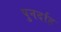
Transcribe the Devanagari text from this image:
पुनर्दाह